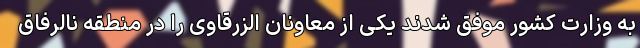
به وزارت کشور موفق شدند یکی از معاونان الزرقاوی را در منطقه نالرفاق‌